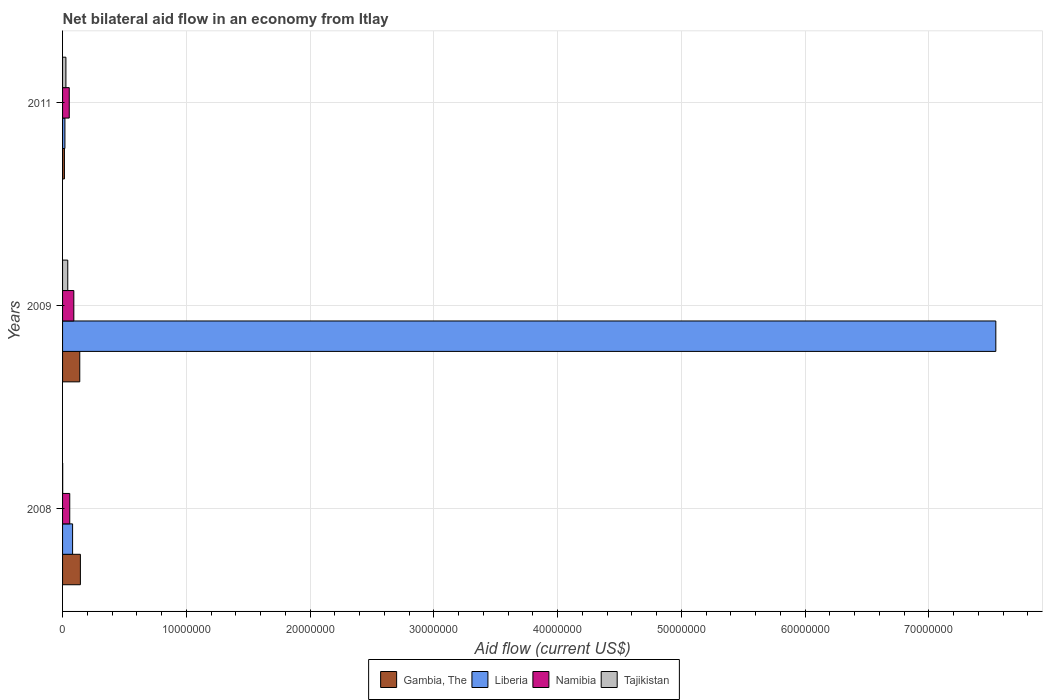
| Years | Gambia, The | Liberia | Namibia | Tajikistan |
 | --- | --- | --- | --- | --- |
 | 2008 | 1.44e+06 | 8.1e+05 | 5.8e+05 | 1e+04 |
 | 2009 | 1.39e+06 | 7.54e+07 | 9.1e+05 | 4.2e+05 |
 | 2011 | 1.5e+05 | 1.9e+05 | 5.4e+05 | 2.7e+05 |